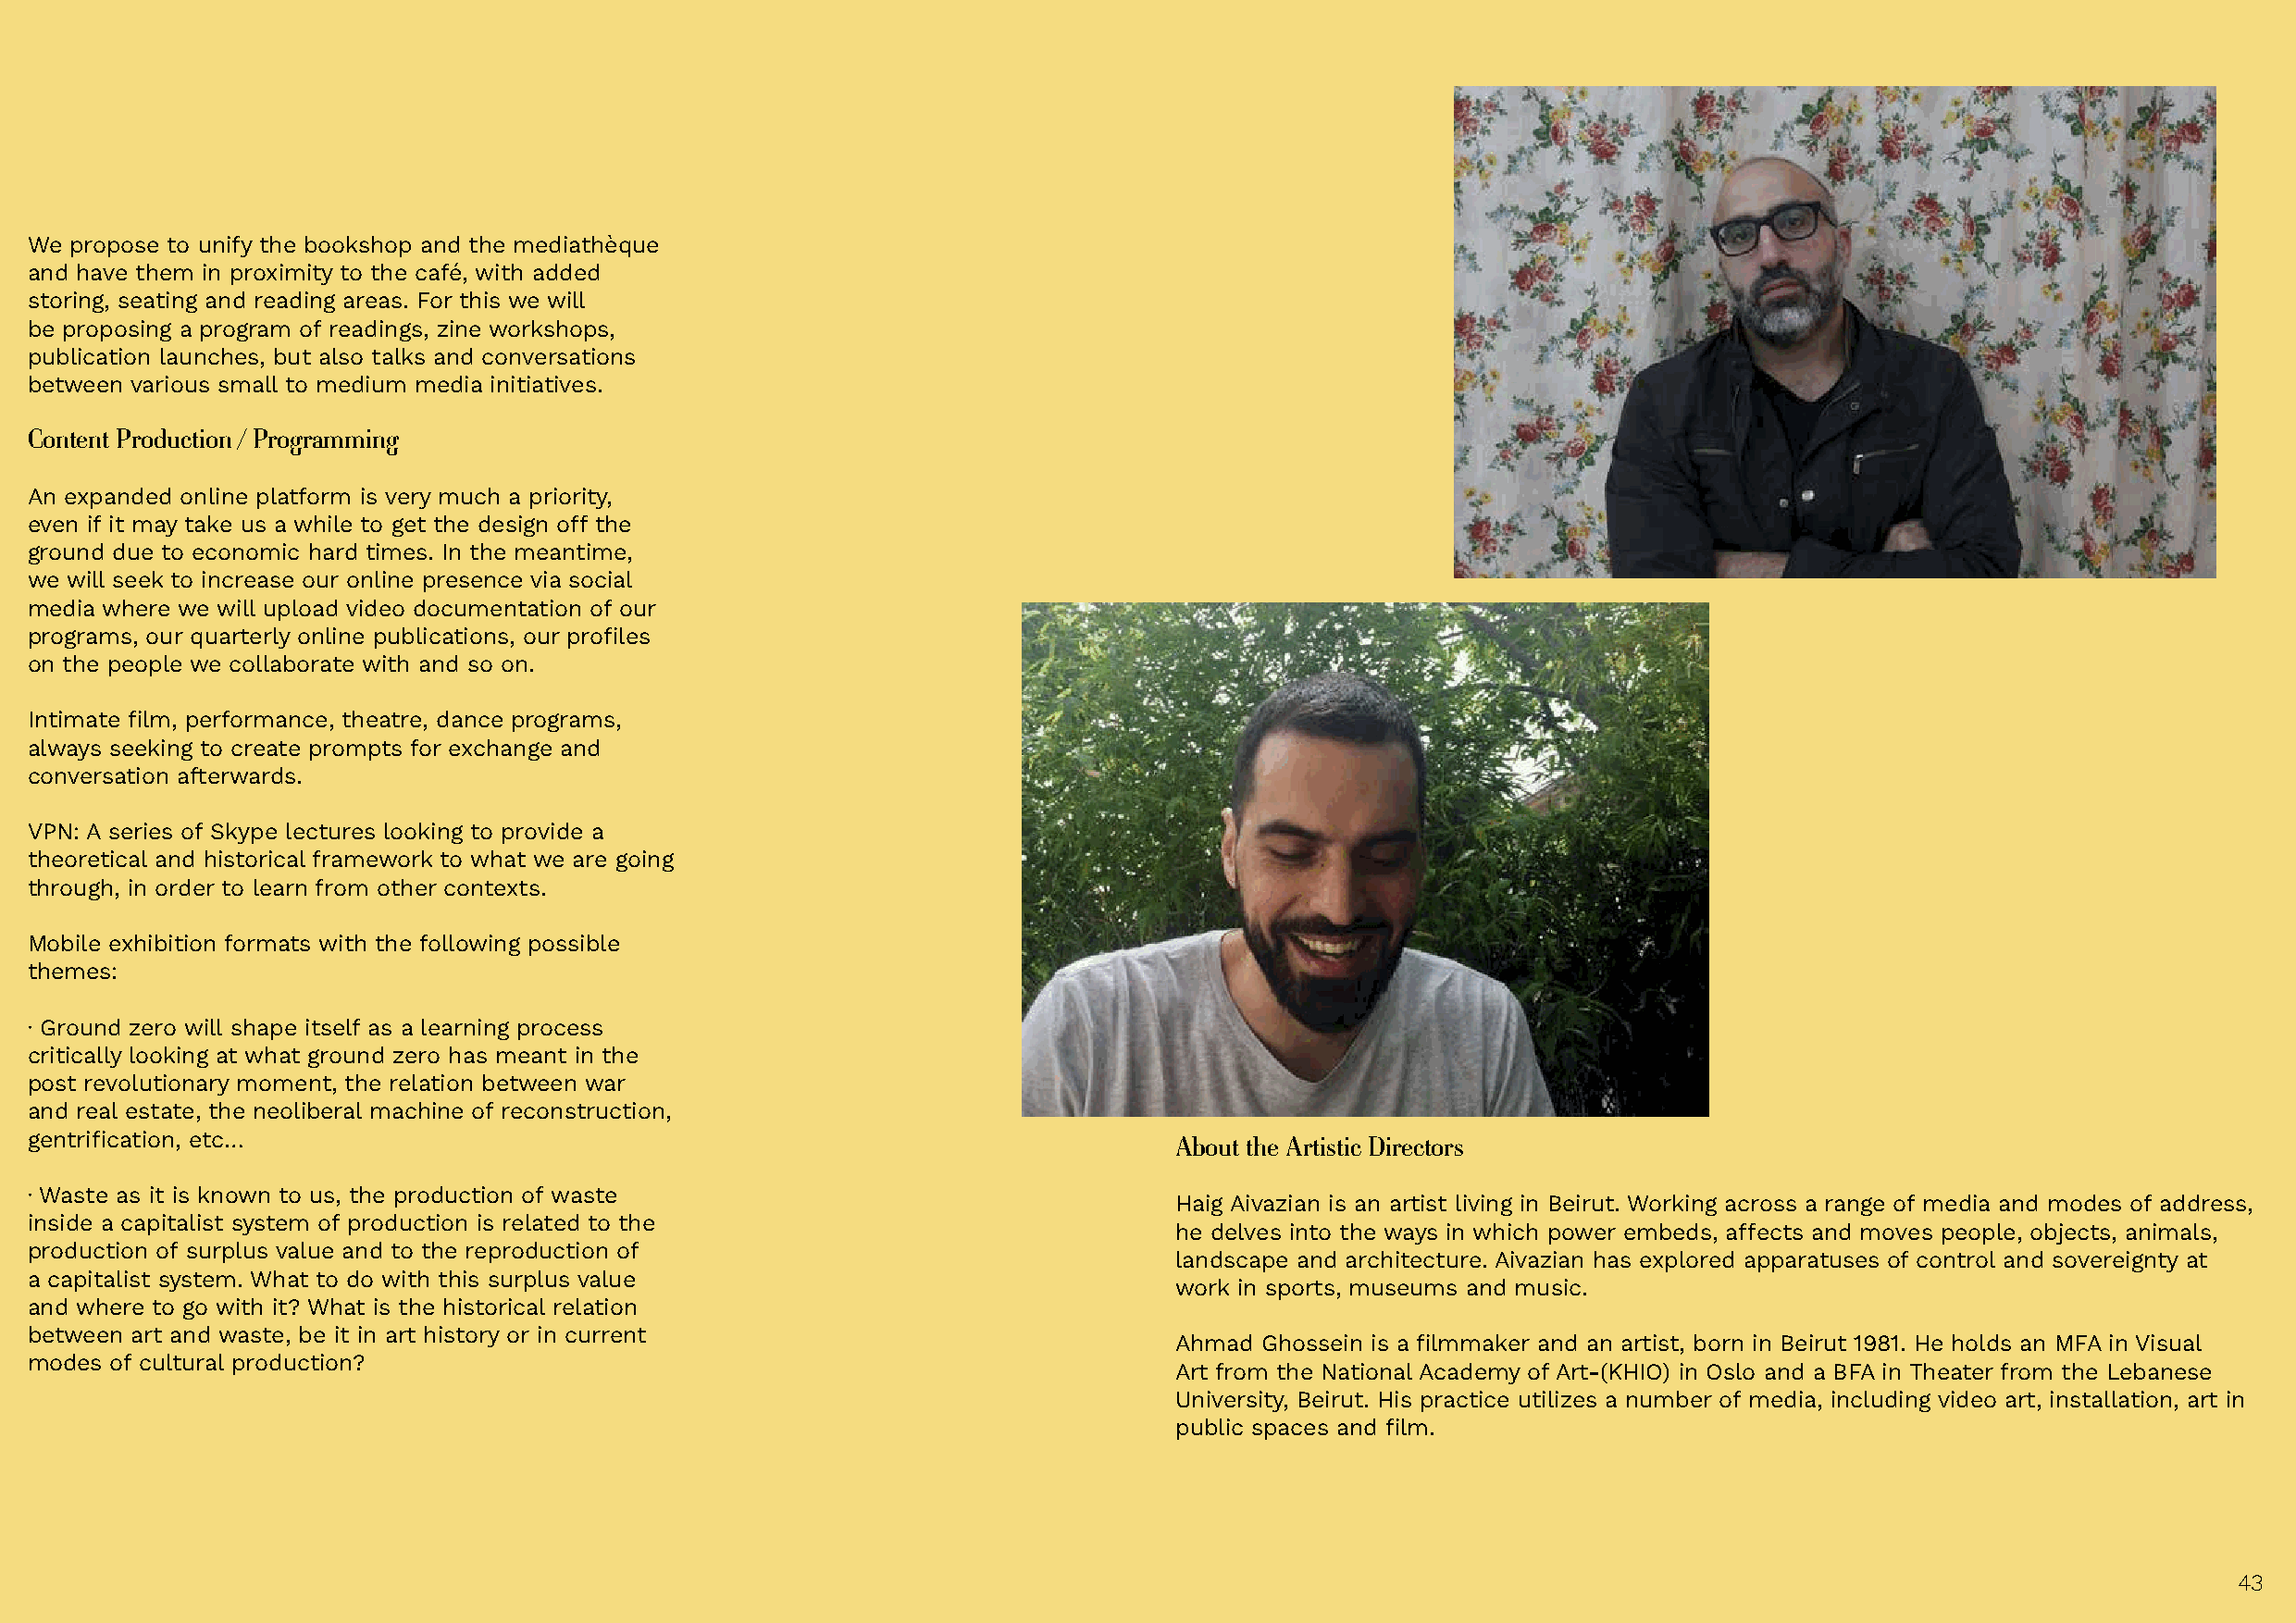
We propose to unify the bookshop and the mediathèque
 and have them in proximity to the café, with added
 storing, seating and reading areas. For this we will
 be proposing a program of readings, zine workshops,
 publication launches, but also talks and conversations
 between various small to medium media initiatives.
 Content Production / Programming
 An expanded online platform is very much a priority,
 even if it may take us a while to get the design off the
 ground due to economic hard times. In the meantime,
 we will seek to increase our online presence via social
 media where we will upload video documentation of our
 programs, our quarterly online publications, our profiles
 on the people we collaborate with and so on.
 Intimate film, performance, theatre, dance programs,
 always seeking to create prompts for exchange and
 conversation afterwards.
 VPN: A series of Skype lectures looking to provide a
 theoretical and historical framework to what we are going
 through, in order to learn from other contexts.
 Mobile exhibition formats with the following possible
 themes:
 · Ground zero will shape itself as a learning process
 critically looking at what ground zero has meant in the
 post revolutionary moment, the relation between war
 and real estate, the neoliberal machine of reconstruction,
 gentrification, etc…                                                              About the Artistic Directors
 · Waste as it is known to us, the production of waste
 Haig Aivazian is an artist living in Beirut. Working across a range of media and modes of address,
 inside a capitalist system of production is related to the
 he delves into the ways in which power embeds, affects and moves people, objects, animals,
 production of surplus value and to the reproduction of
 landscape and architecture. Aivazian has explored apparatuses of control and sovereignty at
 a capitalist system. What to do with this surplus value
 work in sports, museums and music.
 and where to go with it? What is the historical relation
 between art and waste, be it in art history or in current
 Ahmad Ghossein is a filmmaker and an artist, born in Beirut 1981. He holds an MFA in Visual
 modes of cultural production?
 Art from the National Academy of Art-(KHIO) in Oslo and a BFA in Theater from the Lebanese
 University, Beirut. His practice utilizes a number of media, including video art, installation, art in
 public spaces and film.
 4433